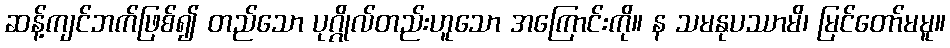
ဆန့်ကျင်ဘက်ဖြစ်၍ တည်သော ပုဂ္ဂိုလ်တည်းဟူသော အကြောင်းကို။ န သမနုပဿာမိ၊ မြင်တော်မမူ။